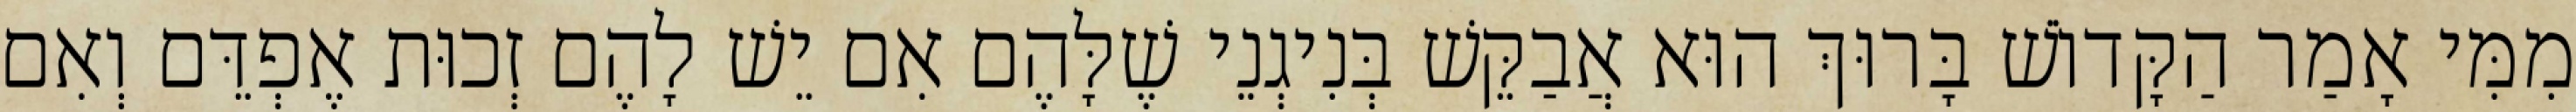
מִמִּי אָמַר הַקָּדוֹשׁ בָּרוּךְ הוּא אֲבַקֵּשׁ בְּנִיגְנֵי שֶׁלָּהֶם אִם יֵשׁ לָהֶם זְכוּת אֶפְדֵּם וְאִם